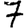
Digit: 7